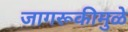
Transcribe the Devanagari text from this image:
जागरूकीमुळे